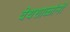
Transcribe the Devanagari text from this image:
वेधशाळांनी